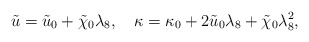
\begin{align*}{\tilde u}={\tilde u}_0+\tilde\chi_0\lambda_8, \quad\kappa =\kappa_0+2{\tilde u}_0\lambda_8+\tilde\chi_0\lambda^2_8,\end{align*}